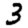
Digit: 3